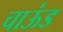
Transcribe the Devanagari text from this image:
चाऊंड